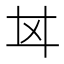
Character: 𢌰